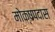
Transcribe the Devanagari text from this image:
मोक्षपदास